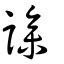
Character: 謲